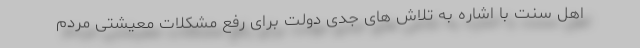
اهل سنت با اشاره به تلاش های جدی دولت برای رفع مشکلات معیشتی مردم